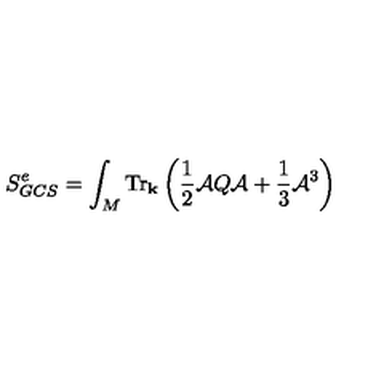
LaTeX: \displaystyle { S _ { G C S } ^ { e } = \int _ { M } \mathrm { T r } _ { \bf k } \left( \frac { 1 } { 2 } { \cal A } Q { \cal A } + \frac { 1 } { 3 } { \cal A } ^ { 3 } \right) }